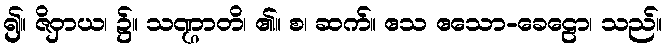
၍။ ဇိဝှာယ၊ ၌။ သဏ္ဌာတိ၊ ၏။ စ၊ ဆက်။ ဧသ ဧသော-ခေဠော၊ သည်။